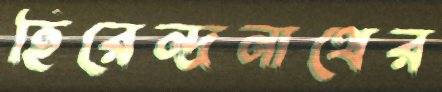
হিরেন্দ্রনাথের